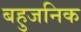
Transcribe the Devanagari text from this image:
बहुजनिक